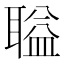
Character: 𫆌